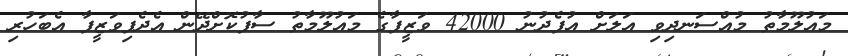
މައުލޫމާތު މުއްސަނދިވި އަލަށް އުފެދުނު 42000 ވަޒީފާގެ މައުލޫމާތު ސާފުކޮށްދޭން އެދެފިވަޒީފާ އެބަހުރި